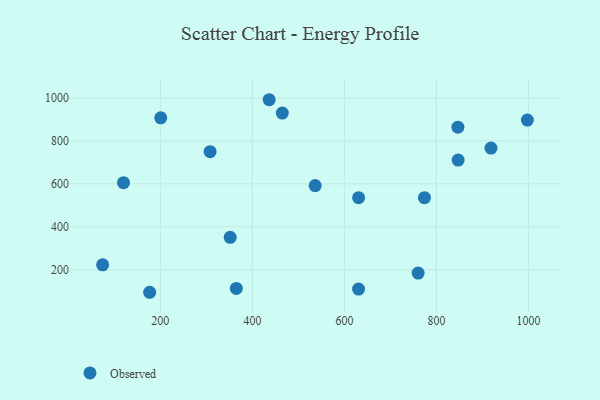
{"axis": {"x": "Engine Size", "y": "Sales"}, "legend": ["Observed"], "data": [{"x": "630.9", "y": 535.4, "type": "Observed"}, {"x": "997.7", "y": 896.9, "type": "Observed"}, {"x": "536.5", "y": 591.7, "type": "Observed"}, {"x": "74.5", "y": 222.7, "type": "Observed"}, {"x": "200.8", "y": 907.3, "type": "Observed"}, {"x": "119.9", "y": 605.3, "type": "Observed"}, {"x": "847.2", "y": 710.6, "type": "Observed"}, {"x": "365.1", "y": 112.9, "type": "Observed"}, {"x": "846.7", "y": 864.0, "type": "Observed"}, {"x": "918.6", "y": 766.5, "type": "Observed"}, {"x": "630.8", "y": 109.9, "type": "Observed"}, {"x": "774.0", "y": 535.7, "type": "Observed"}, {"x": "436.5", "y": 991.8, "type": "Observed"}, {"x": "760.3", "y": 184.3, "type": "Observed"}, {"x": "465.0", "y": 929.5, "type": "Observed"}, {"x": "176.7", "y": 94.8, "type": "Observed"}, {"x": "308.1", "y": 749.7, "type": "Observed"}, {"x": "351.8", "y": 350.6, "type": "Observed"}]}